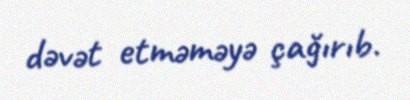
dəvət etməməyə çağırıb.